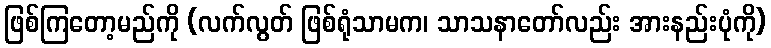
ဖြစ်ကြတော့မည်ကို (လက်လွတ် ဖြစ်ရုံသာမက၊ သာသနာတော်လည်း အားနည်းပုံကို)